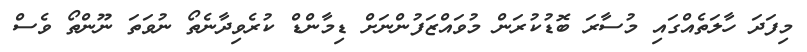
މިފަދަ ހާލަތެއްގައި މުސާރަ ބޮޑުކުރަން މުވައްޒަފުންނަށް ޑިމާންޑް ކުރެވިދާނެތޯ ނުވަތަ ނޫންތޯ ވެސް